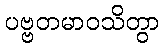
ပဗ္ဗတမာဝသိတွာ